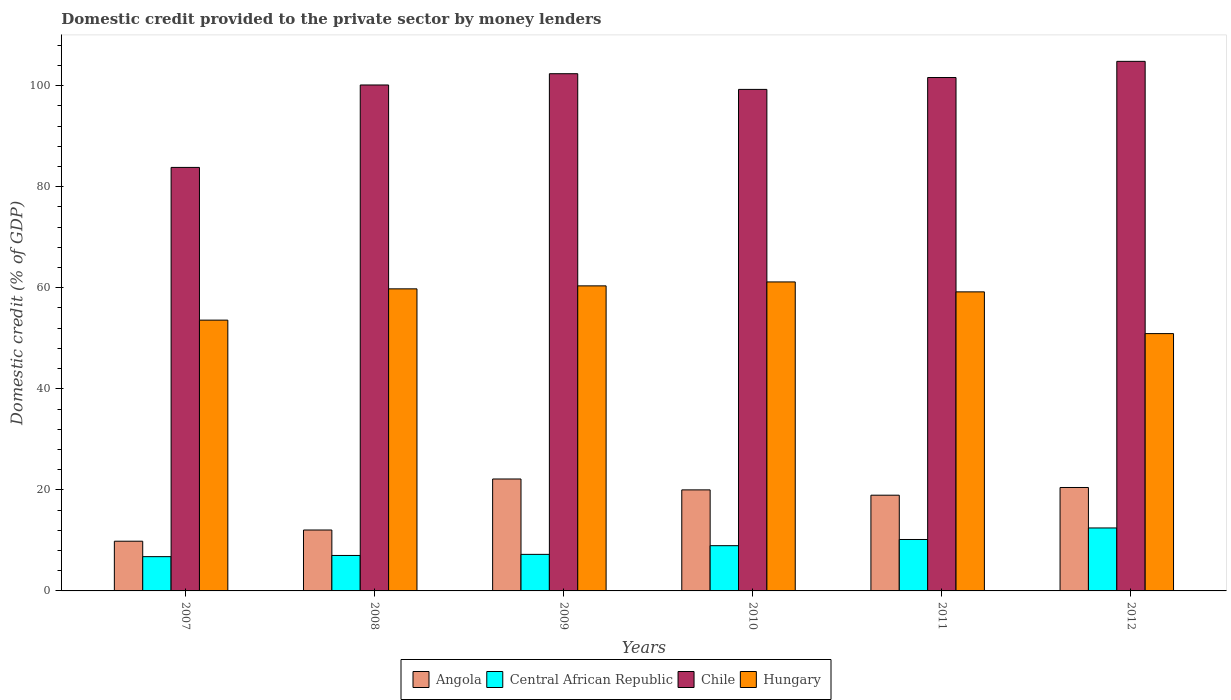
| Years | Angola | Central African Republic | Chile | Hungary |
 | --- | --- | --- | --- | --- |
 | 2007 | 9.84 | 6.78 | 83.8 | 53.6 |
 | 2008 | 12.1 | 7.02 | 100 | 59.8 |
 | 2009 | 22.2 | 7.23 | 102 | 60.4 |
 | 2010 | 20 | 8.96 | 99.3 | 61.2 |
 | 2011 | 18.9 | 10.2 | 102 | 59.2 |
 | 2012 | 20.5 | 12.5 | 105 | 50.9 |